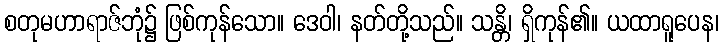
စတုမဟာရာဇ်ဘုံ၌ ဖြစ်ကုန်သော။ ဒေဝါ၊ နတ်တို့သည်။ သန္တိ၊ ရှိကုန်၏။ ယထာရူပေန၊